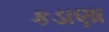
કડાણા